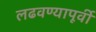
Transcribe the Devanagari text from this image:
लढवण्यापूर्वी